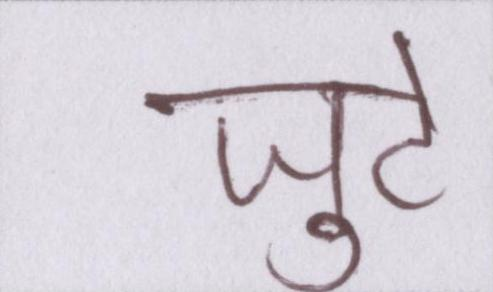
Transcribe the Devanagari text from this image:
जुटे